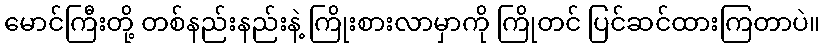
မောင်ကြီးတို့ တစ်နည်းနည်းနဲ့ ကြိုးစားလာမှာကို ကြိုတင် ပြင်ဆင်ထားကြတာပဲ။